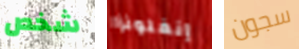
شخص إنفلونزا سجون